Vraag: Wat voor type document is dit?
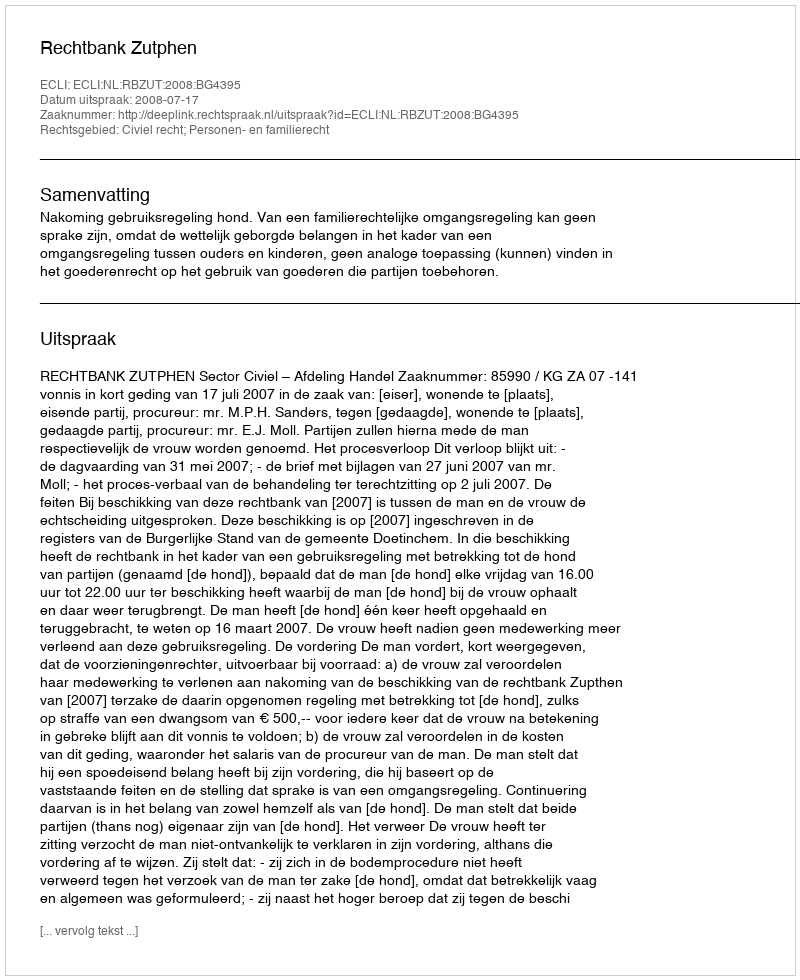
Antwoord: Uitspraak